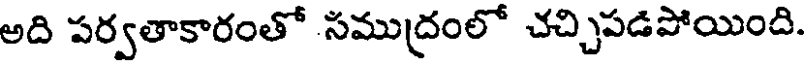
అది పర్వతాకారంతో సముద్రంలో చచ్చిపడపోయింది.